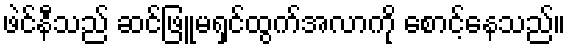
ဖဲင်နီသည် ဆင်ဖြူမရှင်ထွက်အလာကို စောင့်နေသည်။